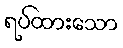
ရပ်ထားသော